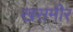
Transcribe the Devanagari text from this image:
खसमीर